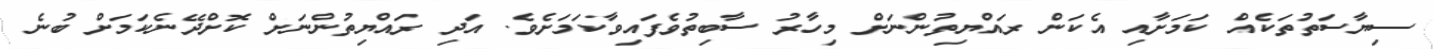
ސިޔާސަތުތަކެއް ކަމަށާއި އެކަން ރައްޔިތުންނަށް މިހާރު ސާބިތުވެފައިވާކަމަށެވެ. އަދި ރައްޔިތުންނަށް ކޮށްދޭނެކަމަށް ބުނެ